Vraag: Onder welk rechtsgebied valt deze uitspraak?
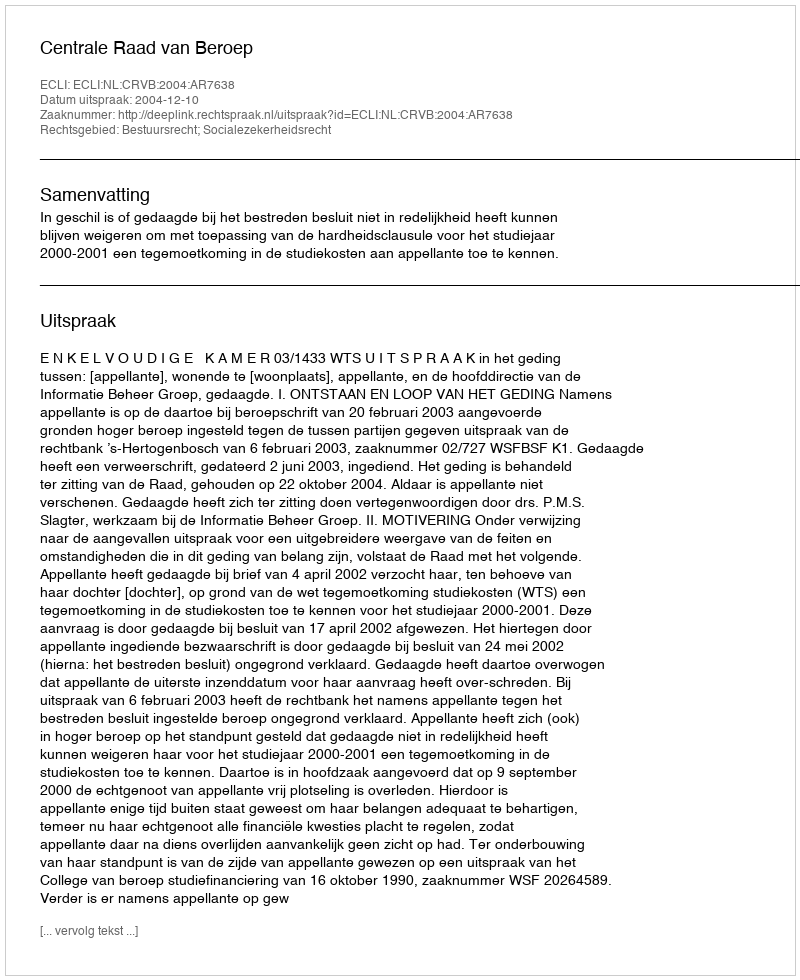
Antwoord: Bestuursrecht; Socialezekerheidsrecht